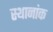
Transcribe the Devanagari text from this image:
स्थानांक